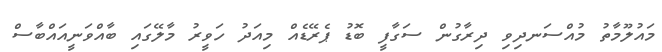
މައުލޫމާތު މުއްސަނދިވި ދިރާގުން ސަގާފީ ބޮޑު ޕެރޭޑެއް މިއަދު ހަވީރު މާލޭގައި ބާއްވަނީއައްބާސް